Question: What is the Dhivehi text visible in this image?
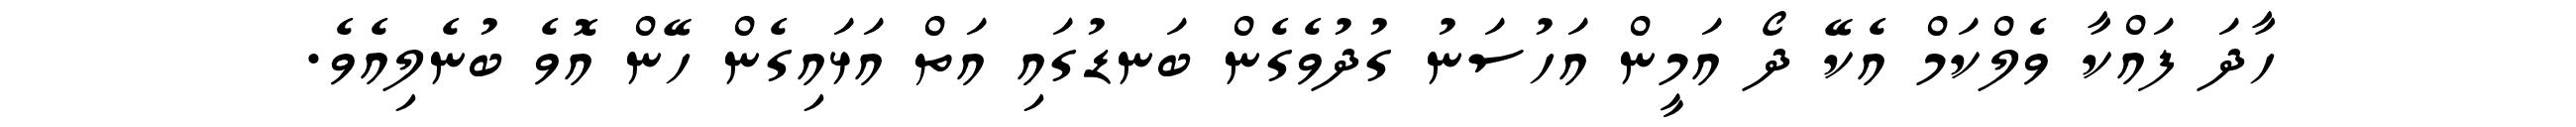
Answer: ހާދަ ފައްކާ ވެލްކަމް އެކޭ ދޯ އަމީން އަހުސަނު ގުދުވެގެން ބަނޑުގައި އަތް އަޅައިގެން ހޭން އޮވެ ބުނެލިއެވެ.